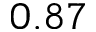
0 . 8 7